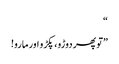
“
”تو پھر دوڑو، پکڑو اور مارو!